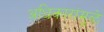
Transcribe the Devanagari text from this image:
अधिकारांमुळे